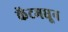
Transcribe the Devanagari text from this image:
केंटमधून